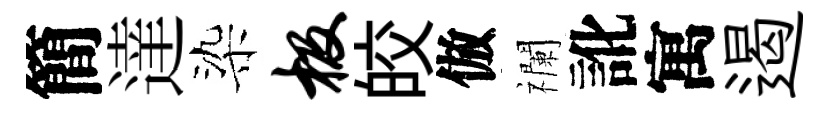
簡達染极皎倣襴訛寓遏